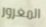
المغرور